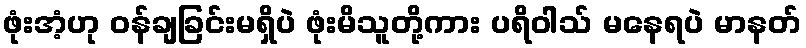
ဖုံးအံ့ဟု ဝန်ချခြင်းမရှိပဲ ဖုံးမိသူတို့ကား ပရိဝါသ် မနေရပဲ မာနတ်